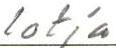
lotja